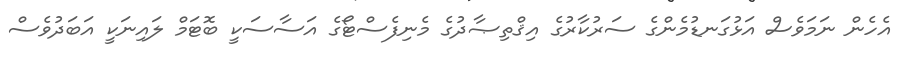
އެހެން ނަމަވެސް އަޅުގަނޑުމެންގެ ސަރުކާރުގެ އިޤްތިޞާދުގެ މެނިފެސްޓޯގެ އަސާސަކީ ބޮޓަމް ލައިނަކީ އަބަދުވެސް